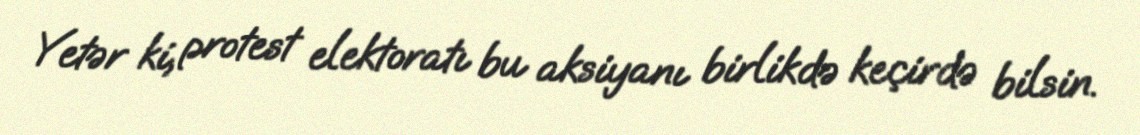
Yetər ki, protest elektoratı bu aksiyanı birlikdə keçirdə bilsin.